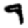
Digit: 9